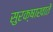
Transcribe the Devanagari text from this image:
सुरक्षाखाते